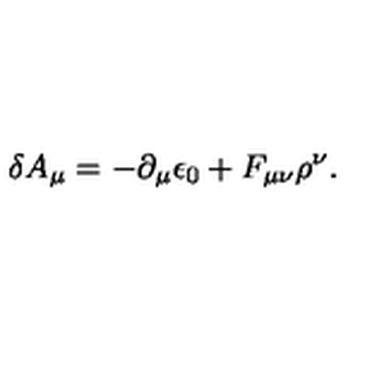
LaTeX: \delta A _ { \mu } = - { \partial _ { \mu } \epsilon _ { 0 } } + F _ { \mu \nu } \rho ^ { \nu } .